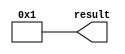
// megafunction wizard: %LPM_CONSTANT%
// GENERATION: STANDARD
// VERSION: WM1.0
// MODULE: lpm_constant 

// ============================================================
// Megafunction Name(s):
// 			lpm_constant
//
// Simulation Library Files(s):
// 			
// ============================================================
// ************************************************************
// THIS IS A WIZARD-GENERATED FILE. DO NOT EDIT THIS FILE!
//
// 9.0 Build 132 02/25/2009 SJ Web Edition
// ************************************************************


//Copyright (C) 1991-2009 Altera Corporation
//Your use of Altera Corporation's design tools, logic functions 
//and other software and tools, and its AMPP partner logic 
//functions, and any output files from any of the foregoing 
//(including device programming or simulation files), and any 
//associated documentation or information are expressly subject 
//to the terms and conditions of the Altera Program License 
//Subscription Agreement, Altera MegaCore Function License 
//Agreement, or other applicable license agreement, including, 
//without limitation, that your use is for the sole purpose of 
//programming logic devices manufactured by Altera and sold by 
//Altera or its authorized distributors.  Please refer to the 
//applicable agreement for further details.


//lpm_constant CBX_AUTO_BLACKBOX="ALL" ENABLE_RUNTIME_MOD="NO" LPM_CVALUE=00000001 LPM_WIDTH=32 result
//VERSION_BEGIN 9.0 cbx_lpm_constant 2008:10:27:14:59:22:SJ cbx_mgl 2009:01:29:16:12:07:SJ  VERSION_END
// synthesis VERILOG_INPUT_VERSION VERILOG_2001
// altera message_off 10463


//synthesis_resources = 
//synopsys translate_off
`timescale 1 ps / 1 ps
//synopsys translate_on
module  One_32bit_lpm_constant_s09
	( 
	result) ;
	output   [31:0]  result;


	assign
		result = 32'b00000000000000000000000000000001;
endmodule //One_32bit_lpm_constant_s09
//VALID FILE


// synopsys translate_off
`timescale 1 ps / 1 ps
// synopsys translate_on
module One_32bit (
	result);

	output	[31:0]  result;

	wire [31:0] sub_wire0;
	wire [31:0] result = sub_wire0[31:0];

	One_32bit_lpm_constant_s09	One_32bit_lpm_constant_s09_component (
				.result (sub_wire0));

endmodule

// ============================================================
// CNX file retrieval info
// ============================================================
// Retrieval info: PRIVATE: INTENDED_DEVICE_FAMILY STRING "Stratix II"
// Retrieval info: PRIVATE: JTAG_ENABLED NUMERIC "0"
// Retrieval info: PRIVATE: JTAG_ID STRING "NONE"
// Retrieval info: PRIVATE: Radix NUMERIC "10"
// Retrieval info: PRIVATE: SYNTH_WRAPPER_GEN_POSTFIX STRING "0"
// Retrieval info: PRIVATE: Value NUMERIC "1"
// Retrieval info: PRIVATE: nBit NUMERIC "32"
// Retrieval info: CONSTANT: LPM_CVALUE NUMERIC "1"
// Retrieval info: CONSTANT: LPM_HINT STRING "ENABLE_RUNTIME_MOD=NO"
// Retrieval info: CONSTANT: LPM_TYPE STRING "LPM_CONSTANT"
// Retrieval info: CONSTANT: LPM_WIDTH NUMERIC "32"
// Retrieval info: USED_PORT: result 0 0 32 0 OUTPUT NODEFVAL result[31..0]
// Retrieval info: CONNECT: result 0 0 32 0 @result 0 0 32 0
// Retrieval info: LIBRARY: lpm lpm.lpm_components.all
// Retrieval info: GEN_FILE: TYPE_NORMAL One_32bit.v TRUE
// Retrieval info: GEN_FILE: TYPE_NORMAL One_32bit.inc FALSE
// Retrieval info: GEN_FILE: TYPE_NORMAL One_32bit.cmp TRUE
// Retrieval info: GEN_FILE: TYPE_NORMAL One_32bit.bsf TRUE FALSE
// Retrieval info: GEN_FILE: TYPE_NORMAL One_32bit_inst.v FALSE
// Retrieval info: GEN_FILE: TYPE_NORMAL One_32bit_bb.v TRUE